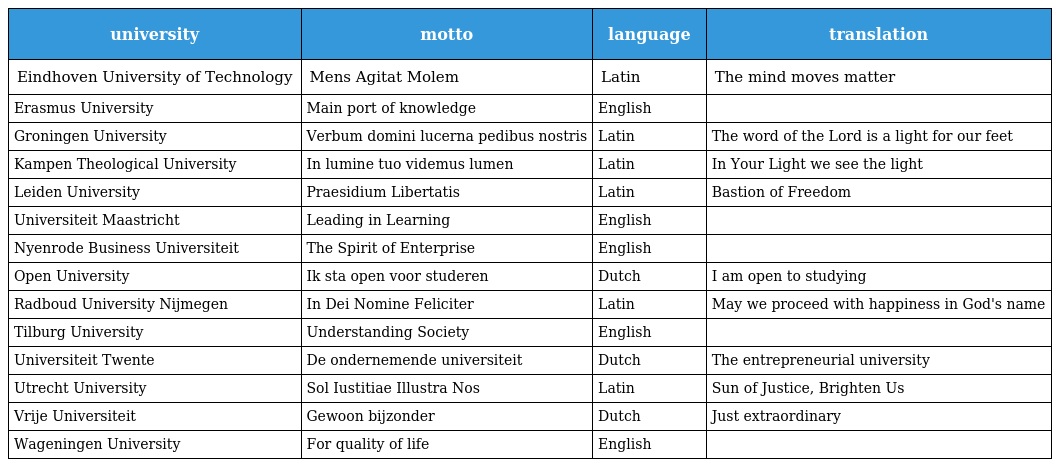
| university | motto | language | translation |
 | --- | --- | --- | --- |
 | Eindhoven University of Technology | Mens Agitat Molem | Latin | The mind moves matter |
 | Erasmus University | Main port of knowledge | English |  |
 | Groningen University | Verbum domini lucerna pedibus nostris | Latin | The word of the Lord is a light for our feet |
 | Kampen Theological University | In lumine tuo videmus lumen | Latin | In Your Light we see the light |
 | Leiden University | Praesidium Libertatis | Latin | Bastion of Freedom |
 | Universiteit Maastricht | Leading in Learning | English |  |
 | Nyenrode Business Universiteit | The Spirit of Enterprise | English |  |
 | Open University | Ik sta open voor studeren | Dutch | I am open to studying |
 | Radboud University Nijmegen | In Dei Nomine Feliciter | Latin | May we proceed with happiness in God's name |
 | Tilburg University | Understanding Society | English |  |
 | Universiteit Twente | De ondernemende universiteit | Dutch | The entrepreneurial university |
 | Utrecht University | Sol Iustitiae Illustra Nos | Latin | Sun of Justice, Brighten Us |
 | Vrije Universiteit | Gewoon bijzonder | Dutch | Just extraordinary |
 | Wageningen University | For quality of life | English |  |